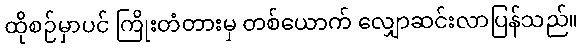
ထိုစဉ်မှာပင် ကြိုးတံတားမှ တစ်ယောက် လျှောဆင်းလာပြန်သည်။